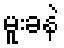
မူးခနဲ